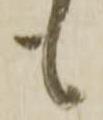
も